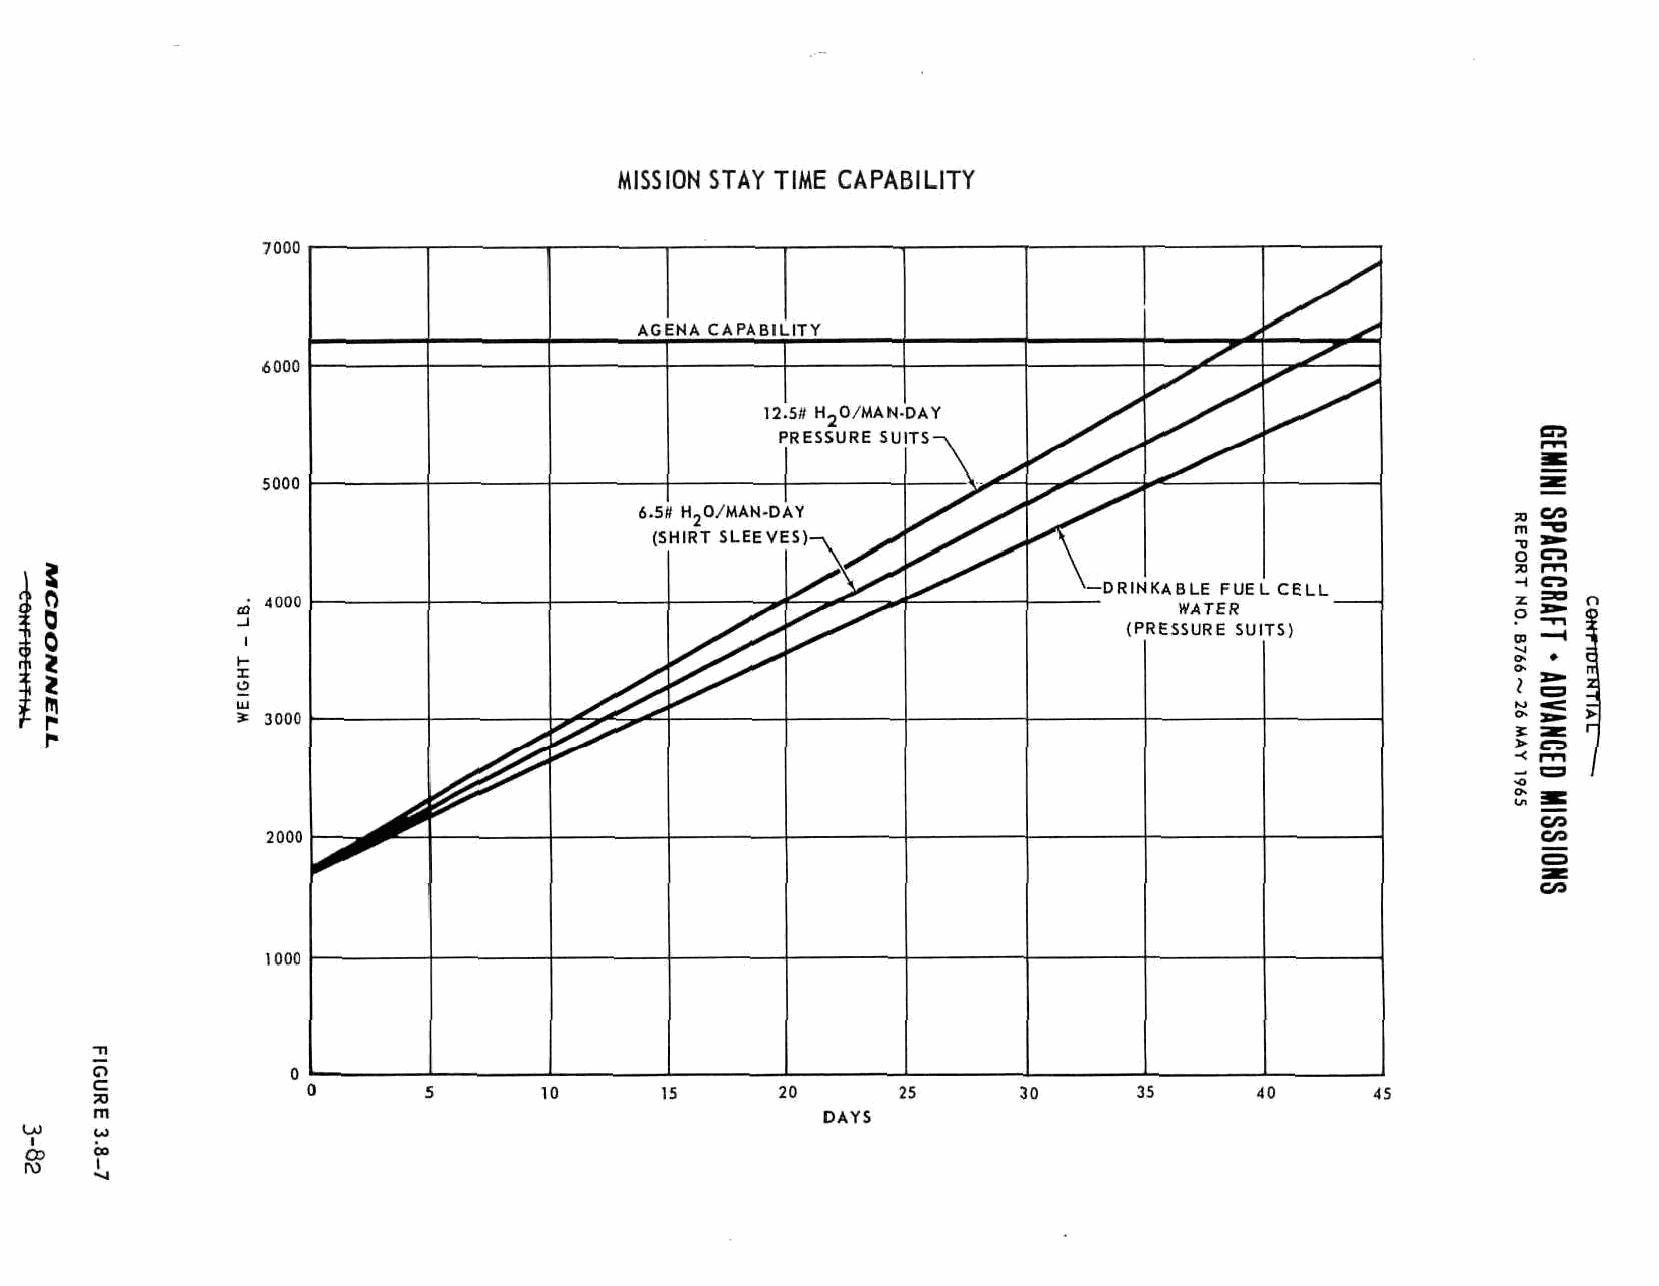
MISSION STAY TIME CAPABILITY
 7000
 AGENA CAPABILITY                          ^
 6000
 12.5ff H 0/MAN-DAY
 2
 PRESSURE SU
 5000
 6.5 1 H 20/MAN-D \Y
 (S HIRT SLEEVE ;S)-v yS
 J
 \—DRIN KKAABBLLEE FFUUEEll . C
 0             4000                                                         WWAATTEERR
 0                                                                      (P RREESSSSUURREE SSUUII TS
 0
 t-
 X
 IS
 m
 111
 r            * 3000
 r
 2000
 1000
 o
 c
 10      15      20     25      3 0     35      •10
 73
 m                                               DAYS
 Cr; CO
 ro  I
 •~4